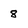
Character: 8